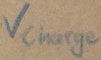
Text: Vcharge